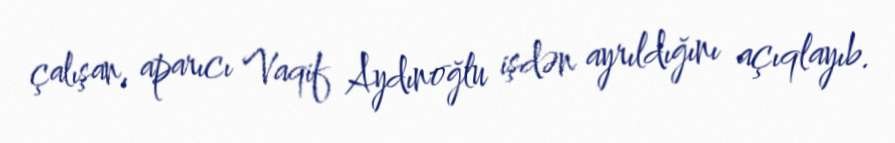
çalışan, aparıcı Vaqif Aydınoğlu işdən ayrıldığını açıqlayıb.